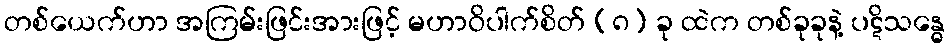
တစ်ယေက်ဟာ အကြမ်းဖြင်းအားဖြင့် မဟာဝိပါက်စိတ် (၈) ခု ထဲက တစ်ခုခုနဲ့ ပဋိသန္ဓေ